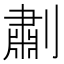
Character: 㔅